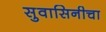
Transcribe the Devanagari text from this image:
सुवासिनीचा